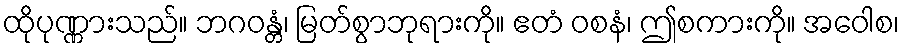
ထိုပုဏ္ဏားသည်။ ဘဂဝန္တံ၊ မြတ်စွာဘုရားကို။ ဧတံ ဝစနံ၊ ဤစကားကို။ အဝေါစ၊